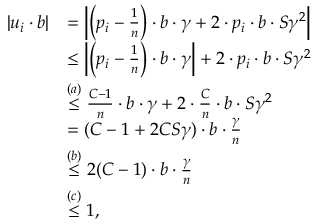
\begin{array} { r l } { | u _ { i } \cdot b | } & { = \left\lvert \left( p _ { i } - \frac { 1 } { n } \right) \cdot b \cdot \gamma + 2 \cdot p _ { i } \cdot b \cdot S \gamma ^ { 2 } \right\vert } \\ & { \leq \left\lvert \left( p _ { i } - \frac { 1 } { n } \right) \cdot b \cdot \gamma \right\vert + 2 \cdot p _ { i } \cdot b \cdot S \gamma ^ { 2 } } \\ & { \stackrel { ( a ) } { \leq } \frac { C - 1 } { n } \cdot b \cdot \gamma + 2 \cdot \frac { C } { n } \cdot b \cdot S \gamma ^ { 2 } } \\ & { = ( C - 1 + 2 C S \gamma ) \cdot b \cdot \frac { \gamma } { n } } \\ & { \stackrel { ( b ) } { \leq } 2 ( C - 1 ) \cdot b \cdot \frac { \gamma } { n } } \\ & { \stackrel { ( c ) } { \leq } 1 , } \end{array}